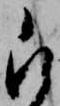
被